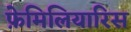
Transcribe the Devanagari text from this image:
फ़ेमिलियारिस